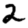
Digit: 2